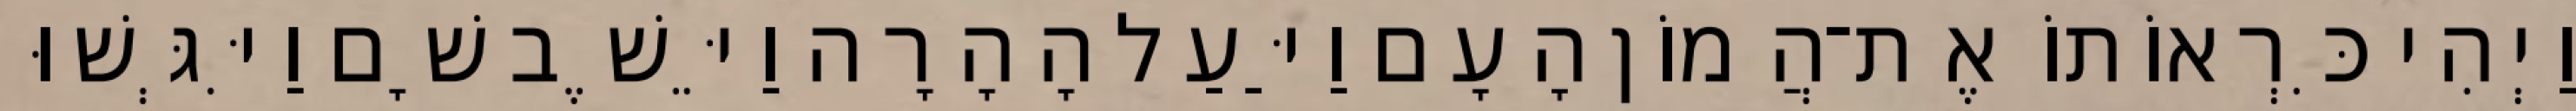
וַיְהִי כִּרְאוֹתוֹ אֶת־הֲמוֹן הָעָם וַיַּעַל הָהָרָה וַיֵּשֶׁב שָׁם וַיִּגְּשׁוּ